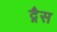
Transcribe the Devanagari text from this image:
द्गैस